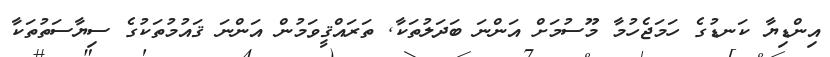
އިންޑިޔާ ކަނޑުގެ ހަމަޖެހުމާ މޫސުމަށް އަންނަ ބަދަލުތަކާ